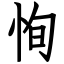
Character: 恂